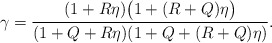
\begin{align*}\gamma=\frac{(1+R\eta)\big(1+(R+Q)\eta\big)}{(1+Q+R\eta)(1+Q+(R+Q)\eta)}.\end{align*}